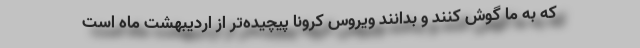
که به ما گوش کنند و بدانند ویروس کرونا پیچیده‌تر از اردیبهشت ماه است